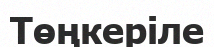
Төңкеріле